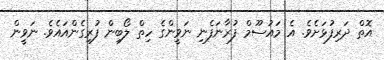
އޮތް ދަރިފުޅަށެވެ. އެ މައުސޫމް ފުރާނަފެނި ނަވީންގެ ހިތް ލޯބިން ފުރިގެންއައެވެ. ނަވީން